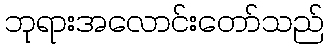
ဘုရားအလောင်းတော်သည်